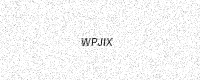
Text: WPJIX